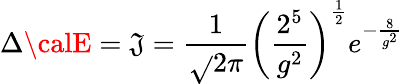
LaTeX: \Delta{\calE}=\mathfrak{J}=\frac{{1}}{{\sqrt{}{{2\pi}}}}\left(\frac{{2^{5}}}{{g^{2}}}\right)^{\frac{1}{2}}e^{-\frac{{8}}{{g^{2}}}}